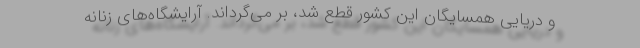
و دریایی همسایگان این کشور قطع شد،‌ بر می‌گرداند. آرایشگا‌ه‌های زنانه